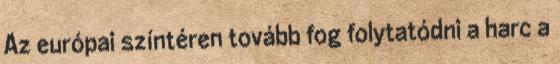
Az európai színtéren tovább fog folytatódni a harc a